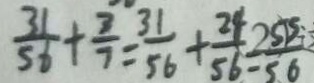
\frac { 3 1 } { 5 6 } + \frac { 3 } { 7 } = \frac { 3 1 } { 5 6 } + \frac { 2 4 } { 5 6 } = \frac { 5 5 } { 5 6 }